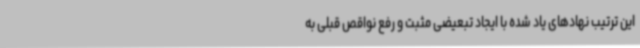
این ترتیب نهادهای یاد شده با ایجاد تبعیضی مثبت و رفع نواقص قبلی به